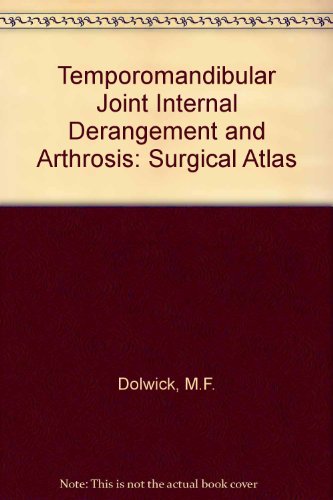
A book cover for Tmj Internal Derangement & Arthrosis: Surgical Atlas; M. Franklin Dolwick; Medical Books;